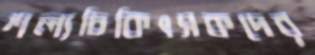
শল্যচিকিৎসকদের